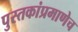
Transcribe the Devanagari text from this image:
पुस्तकांप्रमाणेच